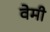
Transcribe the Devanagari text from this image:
वेमी